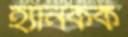
হ্যানকক